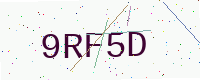
Text: 9RF5D